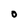
Character: O